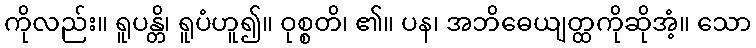
ကိုလည်း။ ရူပန္တိ၊ ရူပံဟူ၍။ ဝုစ္စတိ၊ ၏။ ပန၊ အဘိဓေယျတ္ထကိုဆိုအံ့။ သော